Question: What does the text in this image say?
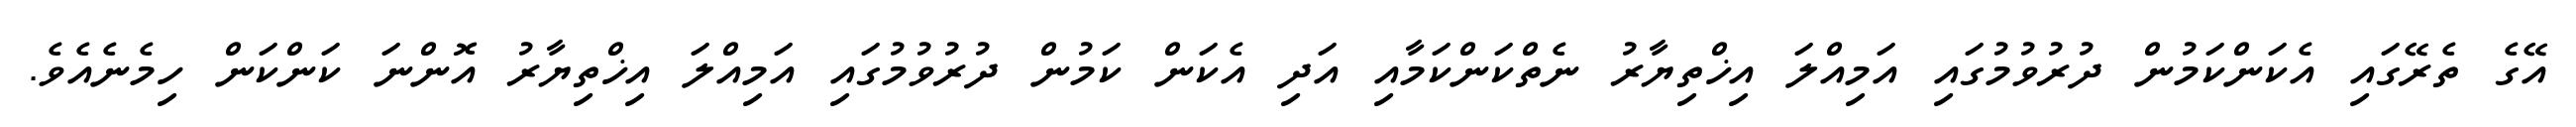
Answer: އޭގެ ތެރޭގައި އެކަންކަމުން ދުރުވުމުގައި އަމިއްލަ އިޚްތިޔާރު ނެތްކަންކަމާއި އަދި އެކަން ކަމުން ދުރުވުމުގައި އަމިއްލަ އިޚްތިޔާރު އޮންނަ ކަންކަން ހިމެނެއެވެ.